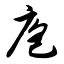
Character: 庖